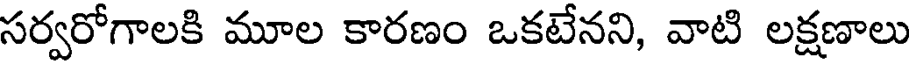
సర్వరోగాలకి మూల కారణం ఒకటేనని, వాటి లక్షణాలు